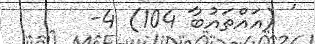
' (އައްތައުބާ 104) 4-